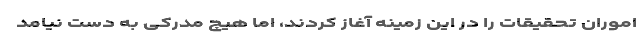
اموران تحقیقات را در این زمینه آغاز کردند، اما هیچ مدرکی به دست نیامد